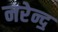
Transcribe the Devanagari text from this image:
नरेन्द॒